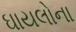
ઘાયલોના